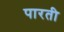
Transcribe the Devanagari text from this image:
पारती